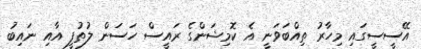
އޭސީސީގައި މިހާރު ތިއްބަވަނީ އެ ކޮމިޝަންގެ ރައީސް ހަސަން ލުތުފީ އާއި ނައިބު